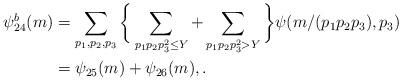
LaTeX: \begin{align*} \psi_{24}^b(m) &= \sum_{p_1,p_2,p_3} \bigg\{ \sum_{p_1p_2p_3^2 \le Y} + \sum_{p_1p_2p_3^2 > Y} \bigg\} \psi(m/(p_1p_2p_3), p_3) \\ &= \psi_{25}(m) + \psi_{26}(m), . \end{align*}